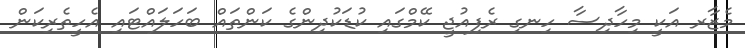
މެޒާރ އަކީ މިހާދިސާ ހިނގި ރެފިއުޖީ ކޭމްގައި ކުޑަކުދިންގެ ކަންތައް ބަހަލައްޓައި އެހީތެރިކަން